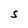
Character: S